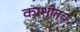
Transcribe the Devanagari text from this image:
काशीतच